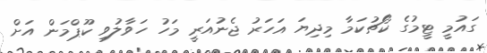
ގައުމީ ޓީމުގެ ކޯޗުކަމާ މިދިޔަ އަހަރު ޖެނުއަރީ މަހު ހަވާލުވި ކޫޕްމަން އަށް